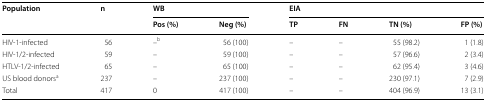
<table><thead><tr><td rowspan="2"><b>Population</b></td><td rowspan="2"><b>n</b></td><td colspan="2"><b>WB</b></td><td colspan="4"><b>EIA</b></td></tr><tr><td><b>Pos (%)</b></td><td><b>Neg (%)</b></td><td><b>TP</b></td><td><b>FN</b></td><td><b>TN (%)</b></td><td><b>FP (%)</b></td></tr></thead><tbody><tr><td>HIV-1-infected</td><td>56</td><td>–<sup>b</sup></td><td>56 (100)</td><td>–</td><td>–</td><td>55 (98.2)</td><td>1 (1.8)</td></tr><tr><td>HIV-1/2-infected</td><td>59</td><td>–</td><td>59 (100)</td><td>–</td><td>–</td><td>57 (96.6)</td><td>2 (3.4)</td></tr><tr><td>HTLV-1/2-infected</td><td>65</td><td>–</td><td>65 (100)</td><td>–</td><td>–</td><td>62 (95.4)</td><td>3 (4.6)</td></tr><tr><td>US blood donors<sup>a</sup></td><td>237</td><td>–</td><td>237 (100)</td><td>–</td><td>–</td><td>230 (97.1)</td><td>7 (2.9)</td></tr><tr><td>Total</td><td>417</td><td>0</td><td>417 (100)</td><td>–</td><td>–</td><td>404 (96.9)</td><td>13 (3.1)</td></tr></tbody></table>